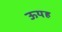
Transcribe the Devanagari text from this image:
ऊयह